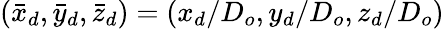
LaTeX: ({\bar{x}_{d}},{\bar{y}_{d}},{\bar{z}_{d}})=(x_{d}/D_{o},y_{d}/D_{o},z_{d}/D_{o})